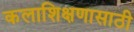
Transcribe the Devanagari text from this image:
कलाशिक्षणासाठी